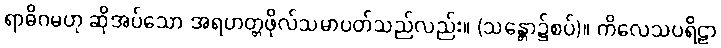
ရာဓိဂမဟု ဆိုအပ်သော အရဟတ္တဖိုလ်သမာပတ်သည်လည်း။ (သန္တော၌စပ်)။ ကိလေသပရိဠာ